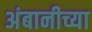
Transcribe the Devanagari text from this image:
अंबानीच्या